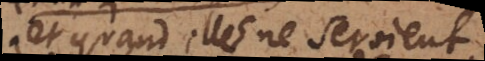
et quand elles ne seroient